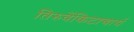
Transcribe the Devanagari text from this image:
तिरुवेंकिटाचार्य